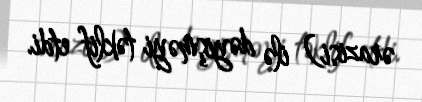
ərazisi) ilə dəyişməyi təklif etdi.